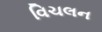
વિચલન